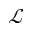
\mathscr { L }